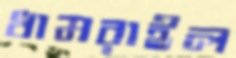
ধামরাইল